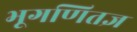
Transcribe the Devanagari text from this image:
भूगणितज्ञ